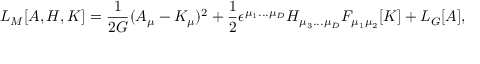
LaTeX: { \cal L } _ { M } [ A , H , K ] = { \frac { 1 } { 2 G } } ( A _ { \mu } - K _ { \mu } ) ^ { 2 } + { \frac { 1 } { 2 } } \epsilon ^ { \mu _ { 1 } . . . \mu _ { D } } H _ { \mu _ { 3 } . . . \mu _ { D } } F _ { \mu _ { 1 } \mu _ { 2 } } [ K ] + { \cal L } _ { G } [ A ] ,